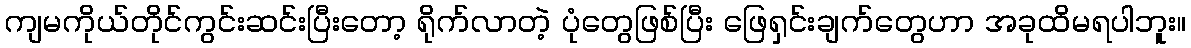
ကျမကိုယ်တိုင်ကွင်းဆင်းပြီးတော့ ရိုက်လာတဲ့ ပုံတွေဖြစ်ပြီး ဖြေရှင်းချက်တွေဟာ အခုထိမရပါဘူး။